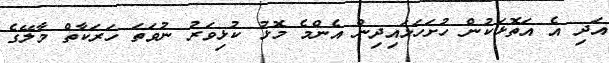
އަދި އެ އަތޮޅަކުން ހުށަހަޅައިދިން އެންމެ މޮޅު ކުޅިވަރު ނުވަތަ ހަރަކާތް މާލޭގެ